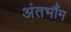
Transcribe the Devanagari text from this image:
अंतभौंम